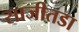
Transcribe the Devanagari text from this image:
साजीतडा